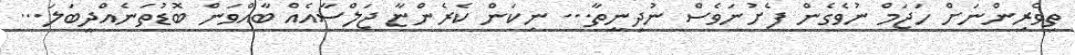
ތިވެރިންނަށް ހަޖަމް ނުވެގެން ފެށުނަވެސް ނުދިނީތާ... ނިކަން ކެރެންޏާ ޖަލްސާއެއް ބާއްވަން ބޮޑުތަނެއްދީބަލަ...